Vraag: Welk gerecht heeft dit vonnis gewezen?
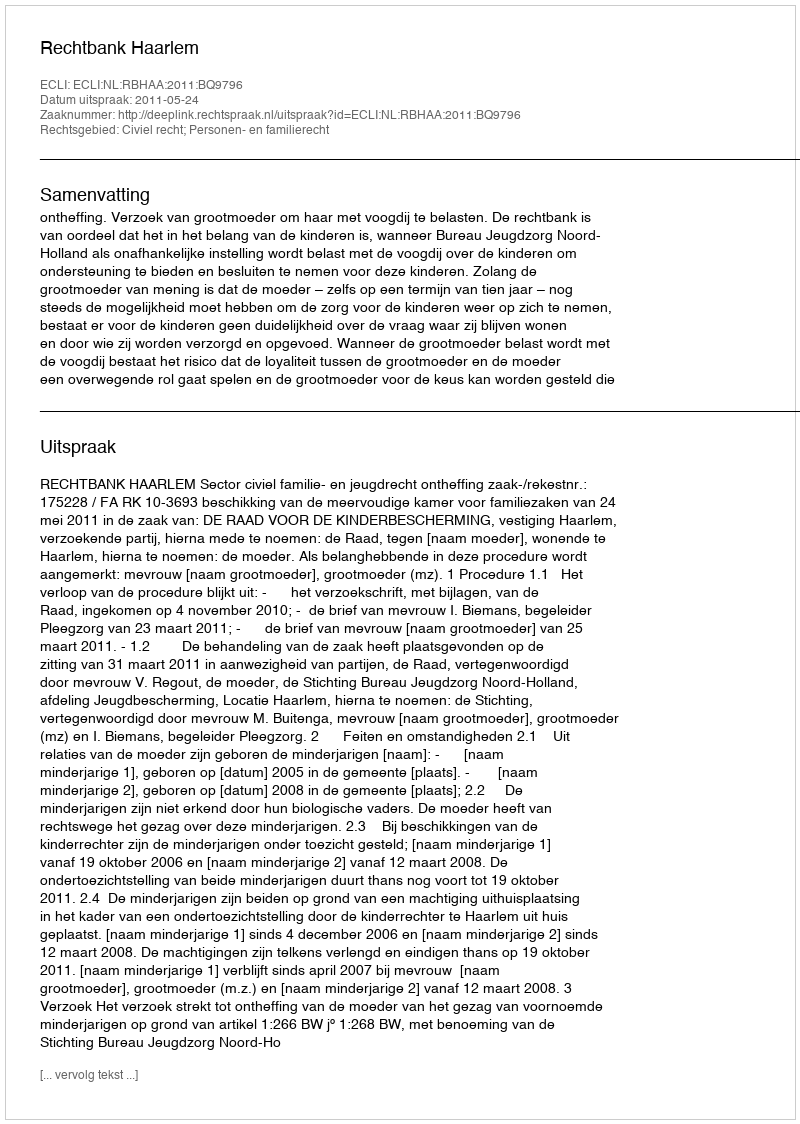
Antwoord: Rechtbank Haarlem